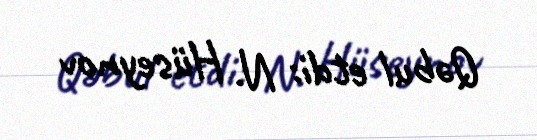
Qəbul etdi: N. Hüseynov